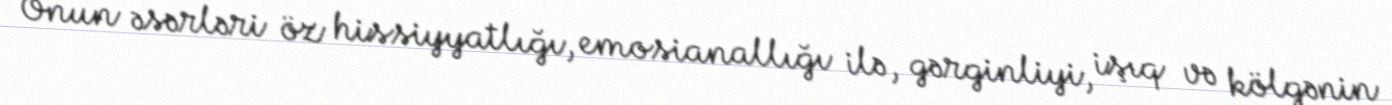
Onun əsərləri öz hissiyyatlığı, emosianallığı ilə, gərginliyi, işıq və kölgənin